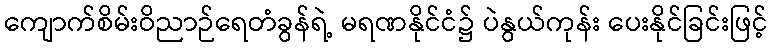
ကျောက်စိမ်းဝိညာဉ်ရေတံခွန်ရဲ့ မရဏနိုင်ငံ၌ ပဲနွယ်ကုန်း ပေးနိုင်ခြင်းဖြင့်